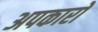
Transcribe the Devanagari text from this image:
अपकारों